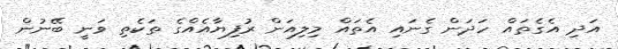
އަދި އެގެތައް ހަދަން ގެނައި އެތައް މިލިއަން ރުފިޔާއެއްގެ ތަކެތި ވަނީ ބޭނުން